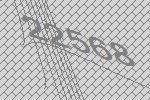
22568